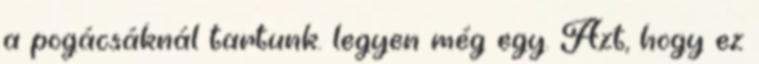
a pogácsáknál tartunk. legyen még egy. Azt, hogy ez